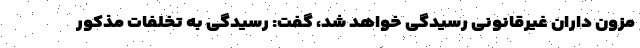
مزون داران غیرقانونی رسیدگی خواهد شد، گفت: رسیدگی به تخلفات مذکور